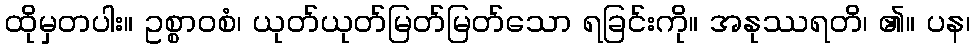
ထိုမှတပါး။ ဥစ္စာဝစံ၊ ယုတ်ယုတ်မြတ်မြတ်သော ရခြင်းကို။ အနုဿရတိ၊ ၏။ ပန၊